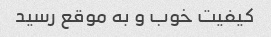
کیفیت خوب و به موقع رسید